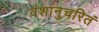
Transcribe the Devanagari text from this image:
वंशानुचरितं